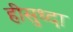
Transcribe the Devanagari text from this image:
हीसुध्दा